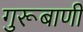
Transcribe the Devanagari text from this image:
गुरूबाणी